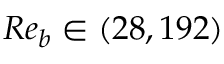
R e _ { b } \in ( 2 8 , 1 9 2 )